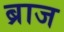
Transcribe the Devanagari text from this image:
ब्राज